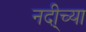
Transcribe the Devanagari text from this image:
नदी्च्या